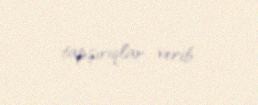
tapşırıqlar verib.